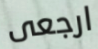
ارجعى